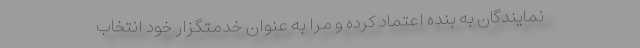
نمایندگان به بنده اعتماد کرده و مرا به عنوان خدمتگزار خود انتخاب